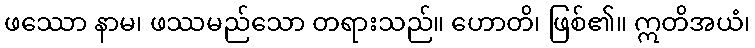
ဖဿော နာမ၊ ဖဿမည်သော တရားသည်။ ဟောတိ၊ ဖြစ်၏။ ဣတိအယံ၊